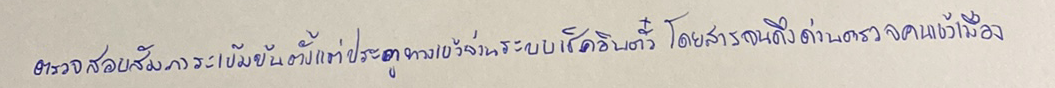
ตรวจสอบสัมภาระเข้มข้นตั้งแต่ประตูทางเข้าผ่านระบบเช็คอินตั๋วโดยสารจนถึงด่านตรวจคนเข้าเมือง